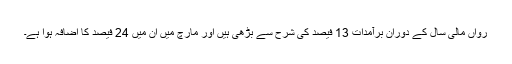
رواں مالی سال کے دوران برآمدات 13 فیصد کی شرح سے بڑھی ہیں اور مارچ میں ان میں 24 فیصد کا اضافہ ہوا ہے۔